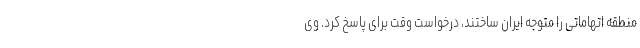
منطقه اتهاماتی را متوجه ایران ساختند، درخواست وقت برای پاسخ کرد. وی